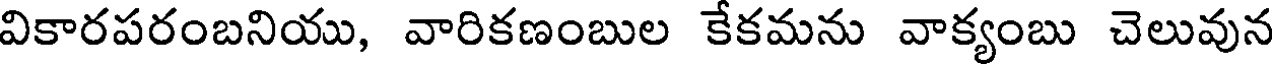
వికారపరంబనియు, వారికణంబుల కేకమను వాక్యంబు చెలువున